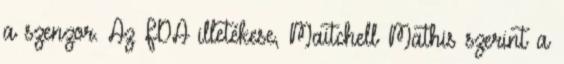
a szenzor. Az FDA illetékese, Maitchell Mathis szerint a